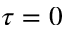
\tau = 0